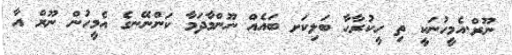
ނޫރް.އެމީހުނަކީ ތި ހީކުރާހާ ބަލިކަށ ބައެއް ނޫންމާދަމާ ކަންނޭނގެ އެމީހުން ނޫރް އާ